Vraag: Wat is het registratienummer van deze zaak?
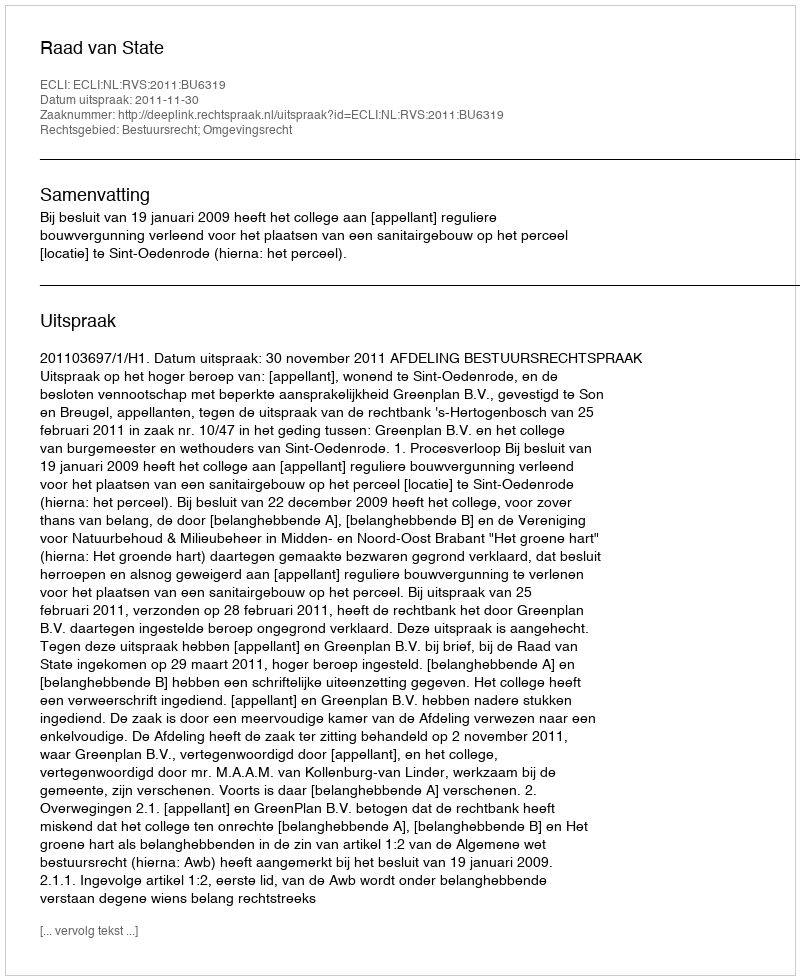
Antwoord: http://deeplink.rechtspraak.nl/uitspraak?id=ECLI:NL:RVS:2011:BU6319